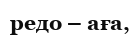
редо – аға,